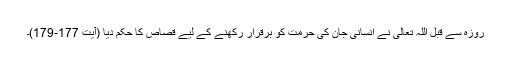
روزہ سے قبل اللہ تعالیٰ نے انسانی جان کی حرمت کو برقرار رکھنے کے لیے قصاص کا حکم دیا (آیت 177-179)۔